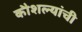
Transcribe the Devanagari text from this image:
कौशल्यांची